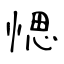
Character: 愢